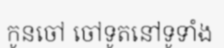
កូនចៅ ចៅទូតនៅទូទាំង